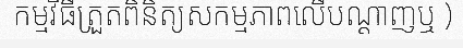
កម្មវិធីត្រួតពិនិត្យសកម្មភាពលើបណ្តាញឬ )